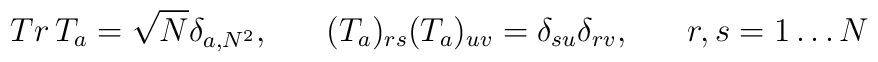
Tr \, T_{a} = \sqrt N  \delta_{a, N^{2}}, \;\;\;\;\;\;(T_{a})_{rs}  (T_{a})_{uv} = \delta_{su}  \delta_{rv}, \;\;\;\;\;\; r,s = 1 \ldots N